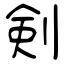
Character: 剣